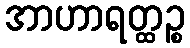
အာဟာရတ္ထဉ္စ